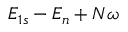
{ E } _ { 1 s } - { E } _ { n } + N \omega